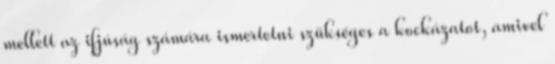
mellett az ifjúság számára ismertetni szükséges a kockázatot, amivel